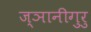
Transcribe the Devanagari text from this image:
ज्ञानीगुरु